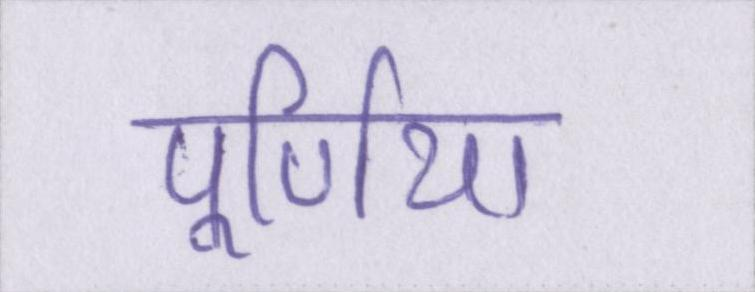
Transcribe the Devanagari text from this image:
पूर्णिया